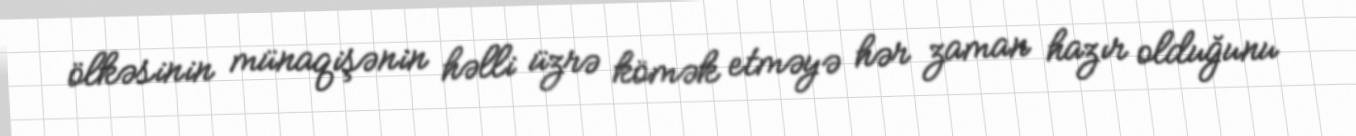
ölkəsinin münaqişənin həlli üzrə kömək etməyə hər zaman hazır olduğunu